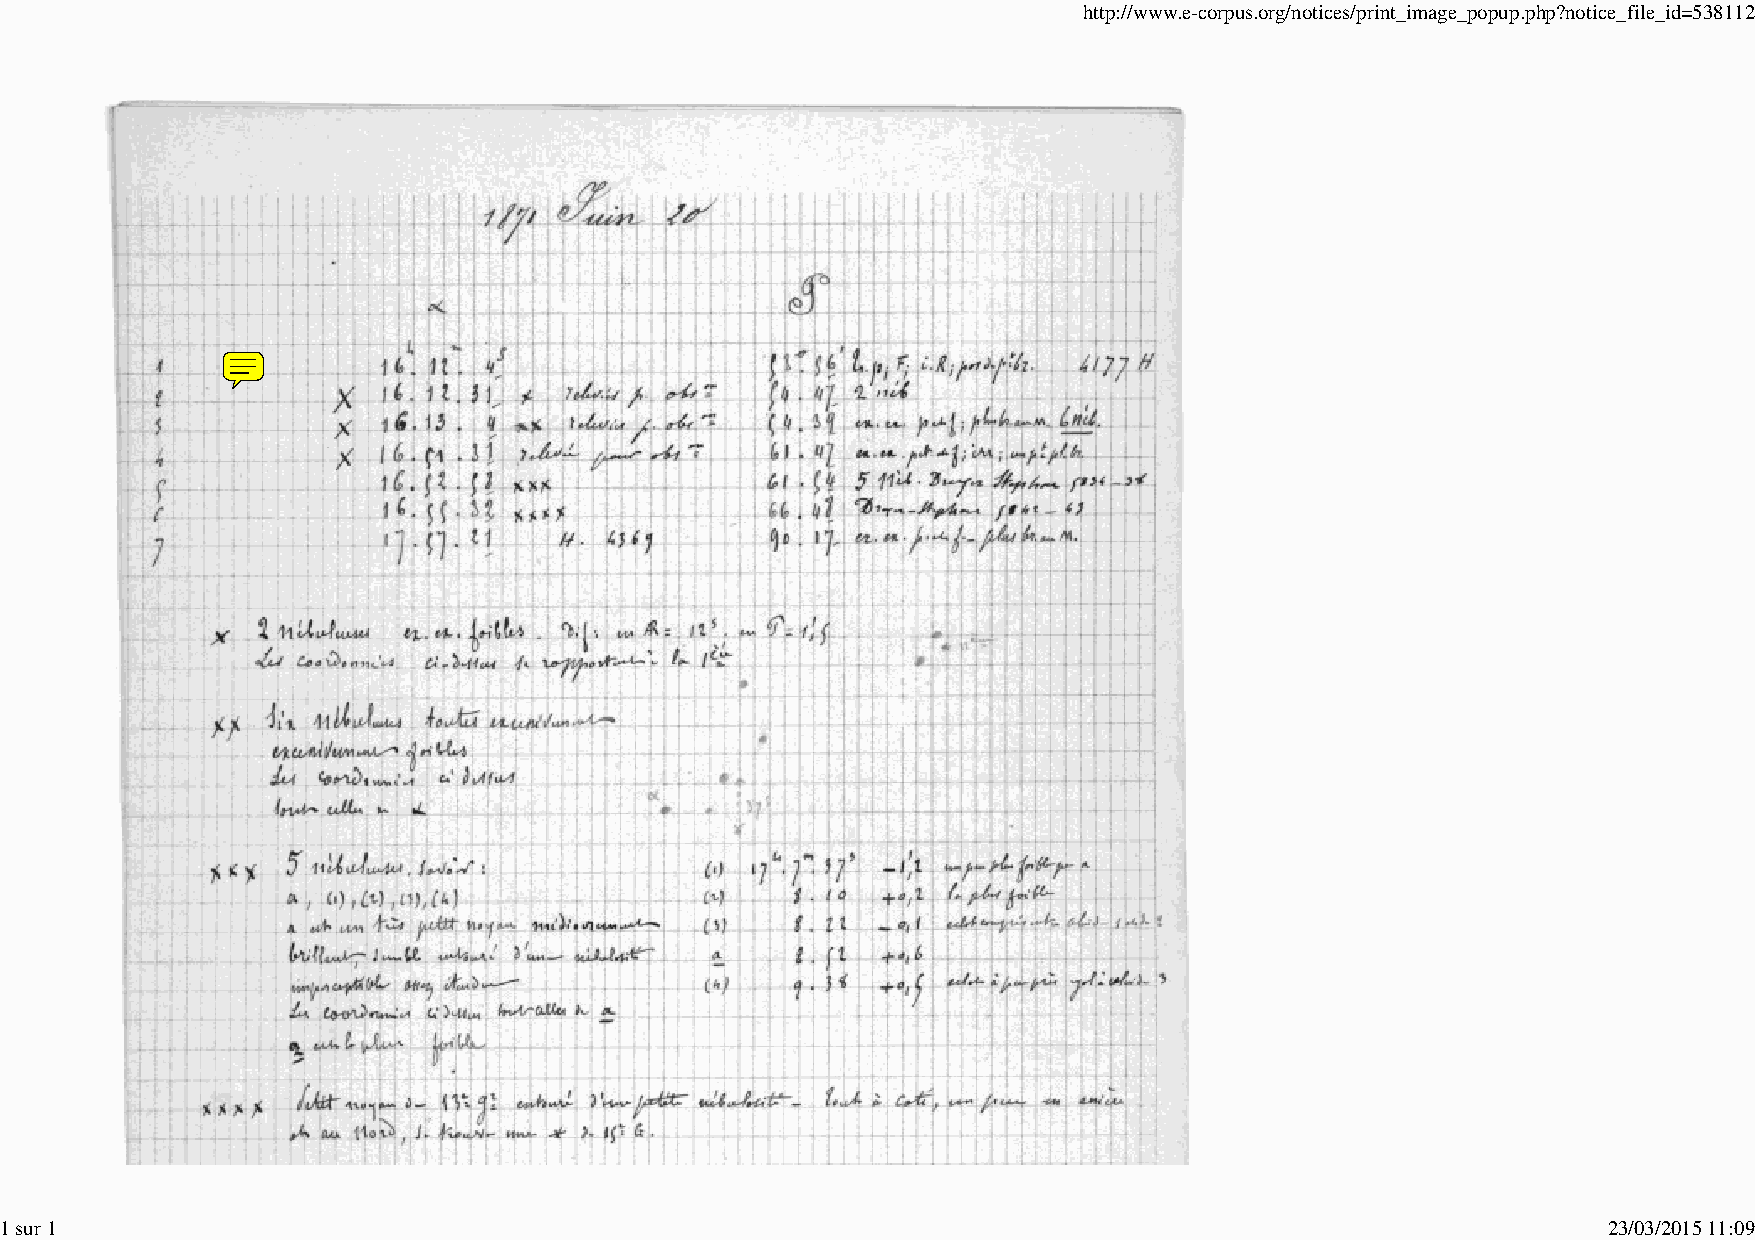
http://www.e-corpus.org/notices/print_image_popup.php?notice_file_id=538112
 1 sur 1                                                                                                   23/03/2015 11:09